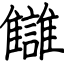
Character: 讎